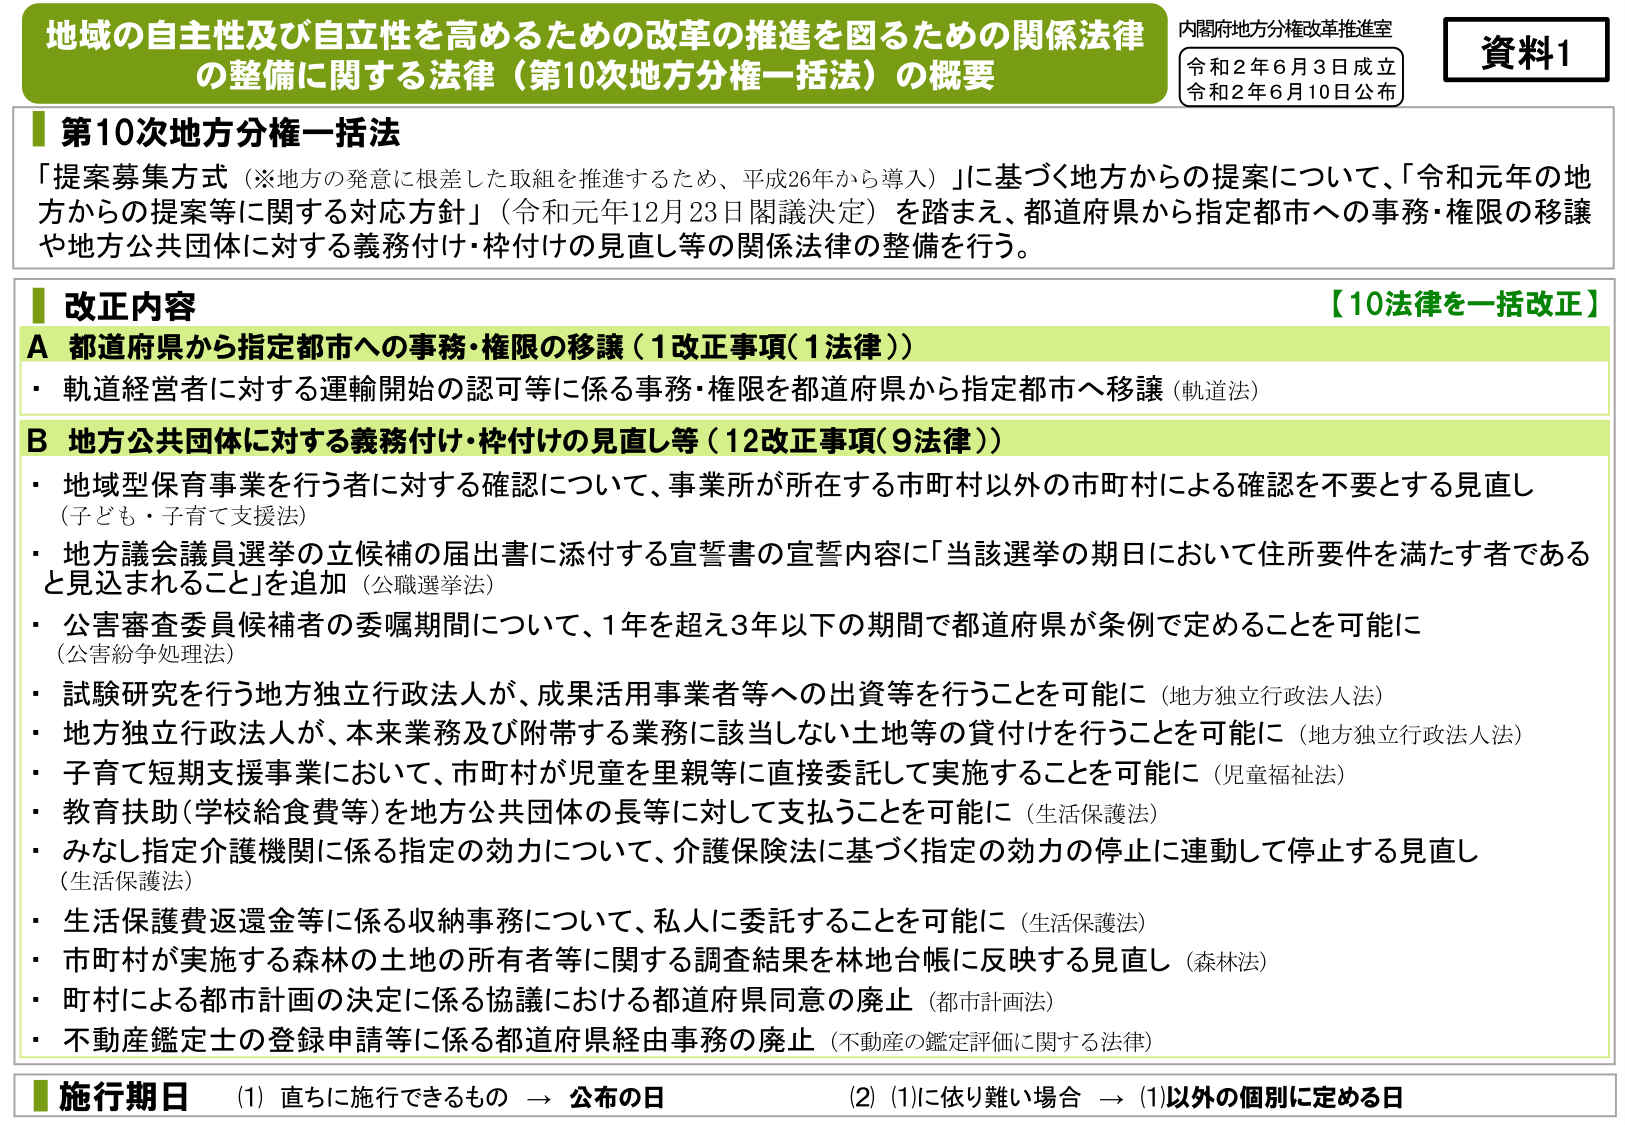
地域の自主性及び自立性を高めるための改革の推進を図るための関係法律
の整備に関する法律（第10次地方分権一括法）の概要

内閣府地方分権改革推進室
令和2年6月3日成立
令和2年6月10日公布
資料1

■ 第10次地方分権一括法
「提案募集方式（※地方の発意に根差した取組を推進するため、平成26年から導入）」に基づく地方からの提案について、「令和元年の地方からの提案等に関する対応方針」（令和元年12月23日閣議決定）を踏まえ、都道府県から指定都市への事務・権限の移譲や地方公共団体に対する義務付け・枠付けの見直し等の関係法律の整備を行う。

■ 改正内容
【10法律を一括改正】

A 都道府県から指定都市への事務・権限の移譲（1改正事項(1法律)）
・ 軌道経営者に対する運輸開始の認可等に係る事務・権限を都道府県から指定都市へ移譲（軌道法）

B 地方公共団体に対する義務付け・枠付けの見直し等（12改正事項(9法律)）
・ 地域型保育事業を行う者に対する確認について、事業所が所在する市町村以外の市町村による確認を不要とする見直し（子ども・子育て支援法）
・ 地方議会議員選挙の立候補の届出書に添付する宣誓書の宣誓内容に「当該選挙の期日において住所要件を満たす者であると見込まれること」を追加（公職選挙法）
・ 公害審査委員候補者の委嘱期間について、1年を超え3年以下の期間で都道府県が条例で定めることを可能に（公害紛争処理法）
・ 試験研究を行う地方独立行政法人が、成果活用事業者等への出資等を行うことを可能に（地方独立行政法人法）
・ 地方独立行政法人が、本来業務及び附帯する業務に該当しない土地等の貸付けを行うことを可能に（地方独立行政法人法）
・ 子育て短期支援事業において、市町村が児童を里親等に直接委託して実施することを可能に（児童福祉法）
・ 教育扶助（学校給食費等）を地方公共団体の長等に対して支払うことを可能に（生活保護法）
・ みなし指定介護機関に係る指定の効力について、介護保険法に基づく指定の効力の停止に連動して停止する見直し（生活保護法）
・ 生活保護費返還金等に係る収納事務について、私人に委託することを可能に（生活保護法）
・ 市町村が実施する森林の土地の所有者等に関する調査結果を林地台帳に反映する見直し（森林法）
・ 町村による都市計画の決定に係る協議における都道府県同意の廃止（都市計画法）
・ 不動産鑑定士の登録申請等に係る都道府県経由事務の廃止（不動産の鑑定評価に関する法律）

■ 施行期日
(1) 直ちに施行できるもの → 公布の日
(2) (1)に依り難い場合 → (1)以外の個別に定める日